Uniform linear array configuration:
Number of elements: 32
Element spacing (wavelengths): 0.5
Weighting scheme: binomial
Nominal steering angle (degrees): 15
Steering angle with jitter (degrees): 16.197
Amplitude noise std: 0.05
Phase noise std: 0.05

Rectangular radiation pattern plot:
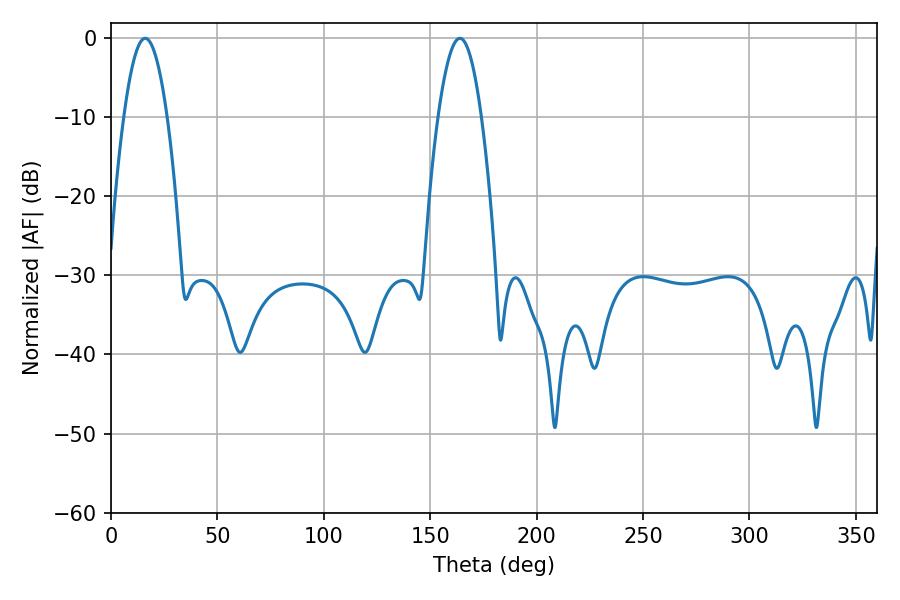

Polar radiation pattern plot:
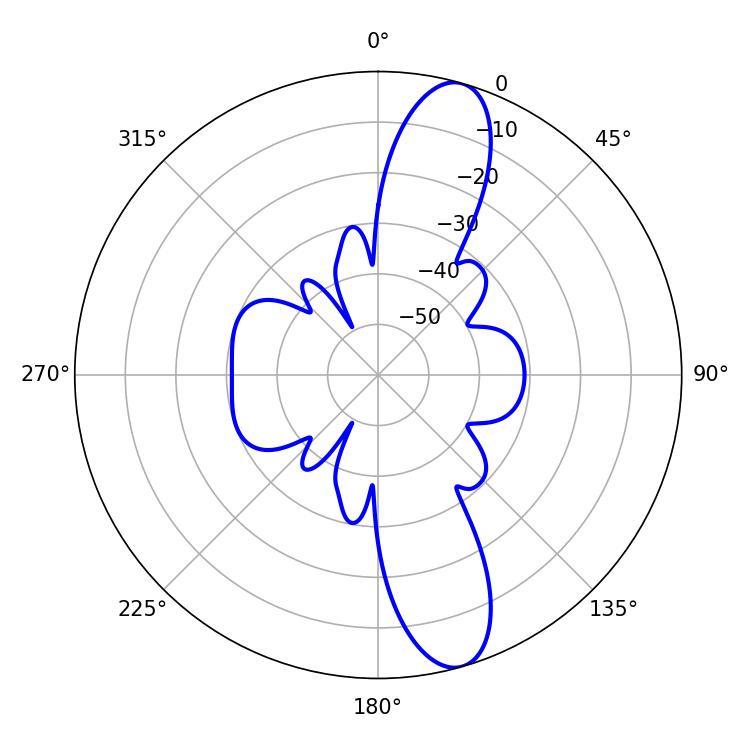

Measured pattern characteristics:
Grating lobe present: FALSE
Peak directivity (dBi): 12.392
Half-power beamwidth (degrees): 10.98
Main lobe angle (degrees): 16.02